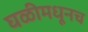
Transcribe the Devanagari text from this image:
घळीमधूनच